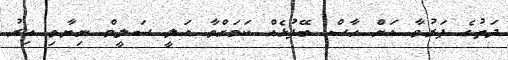
ދަތުގެ ފަރުވާ އަށް ހާސް ބޭފުޅެއް ކަމަށްވާ އަލީ ސަލީމް ނިޔާވި އިރު